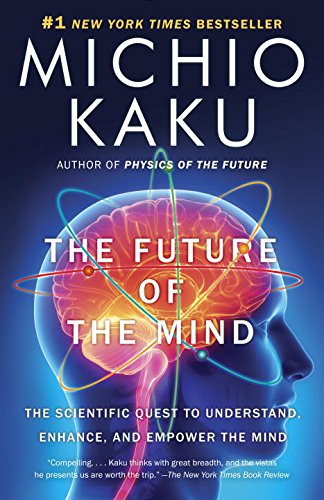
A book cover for The Future of the Mind: The Scientific Quest to Understand, Enhance, and Empower the Mind; Michio Kaku; Medical Books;